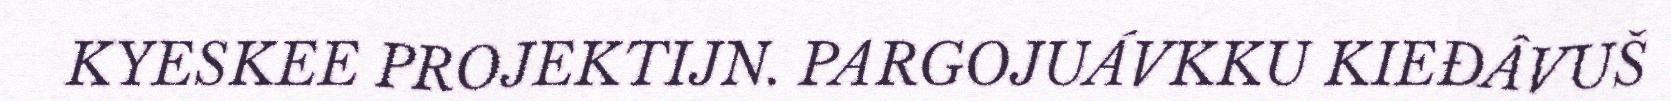
KYESKEE PROJEKTIJN. PARGOJUÁVKKU KIEĐÂVUŠ